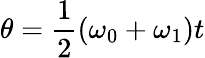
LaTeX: \theta={\frac{1}{2}}(\omega_{0}+\omega_{1})t